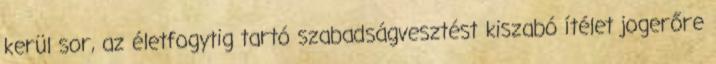
kerül sor, az életfogytig tartó szabadságvesztést kiszabó ítélet jogerőre